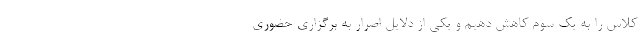
کلاس را به یک سوم کاهش دهیم و یکی از دلایل اصرار به برگزاری حضوری